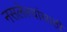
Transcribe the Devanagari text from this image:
नसलेल्यांसाठी